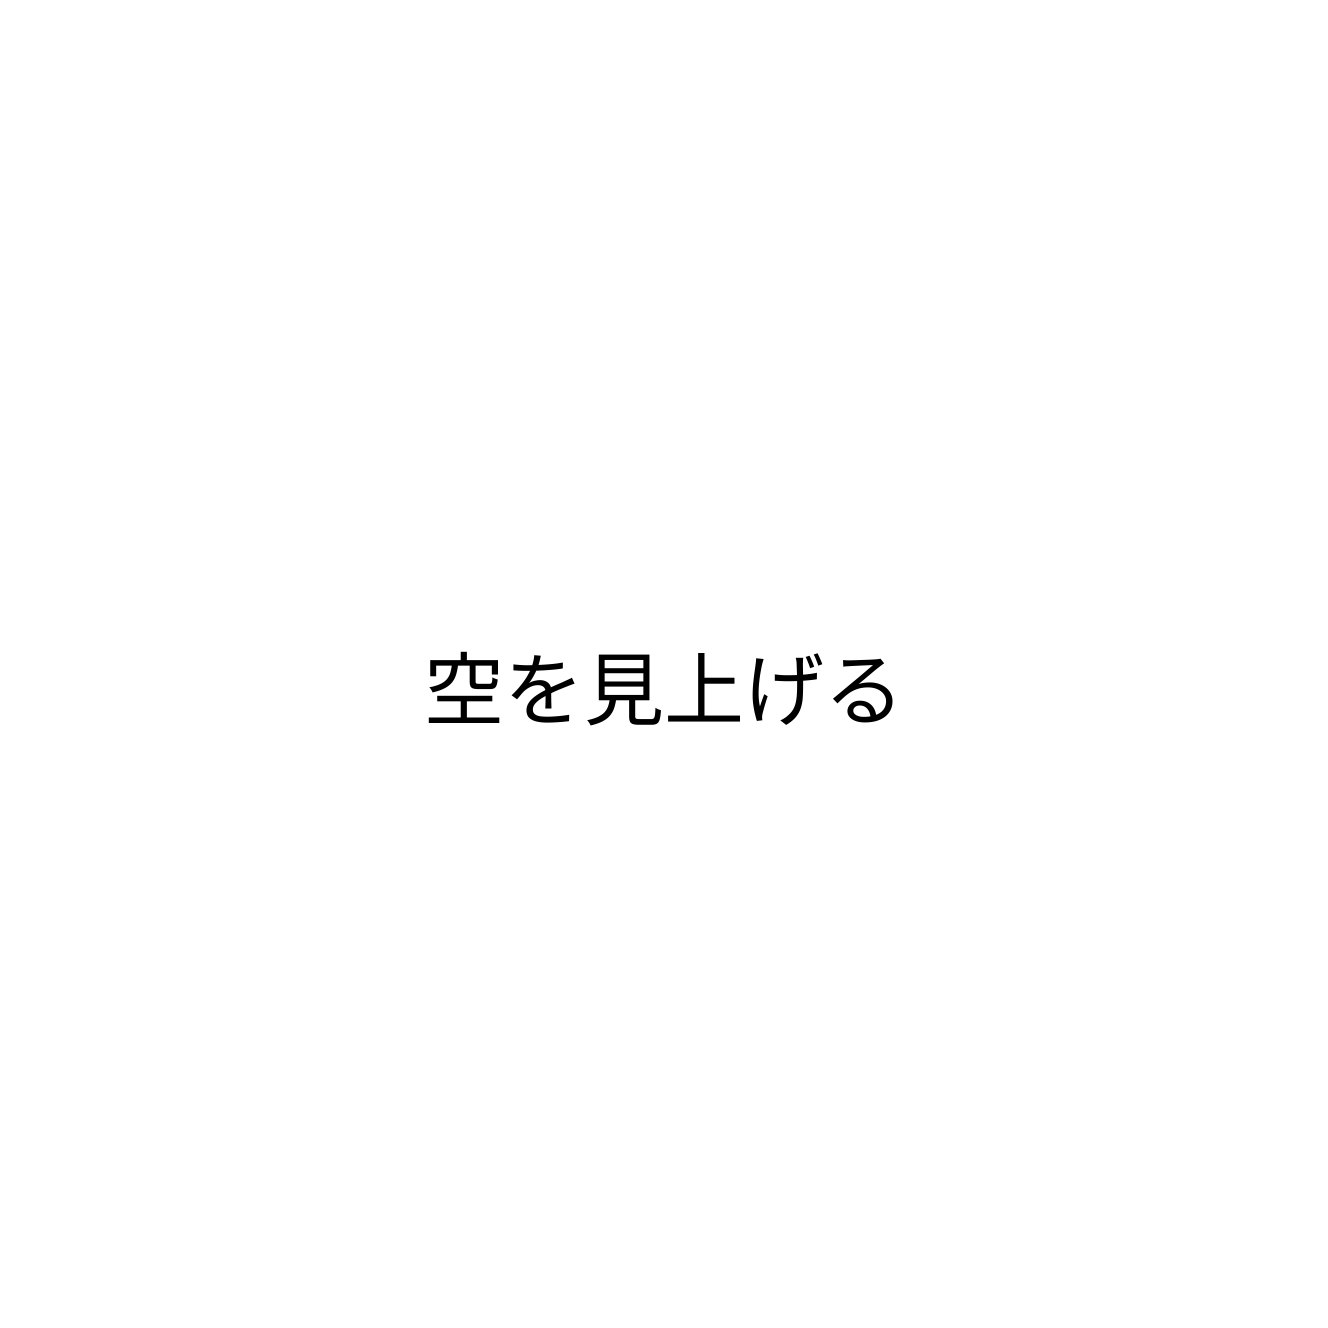
空を見上げる